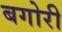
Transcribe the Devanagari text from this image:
बगोरी